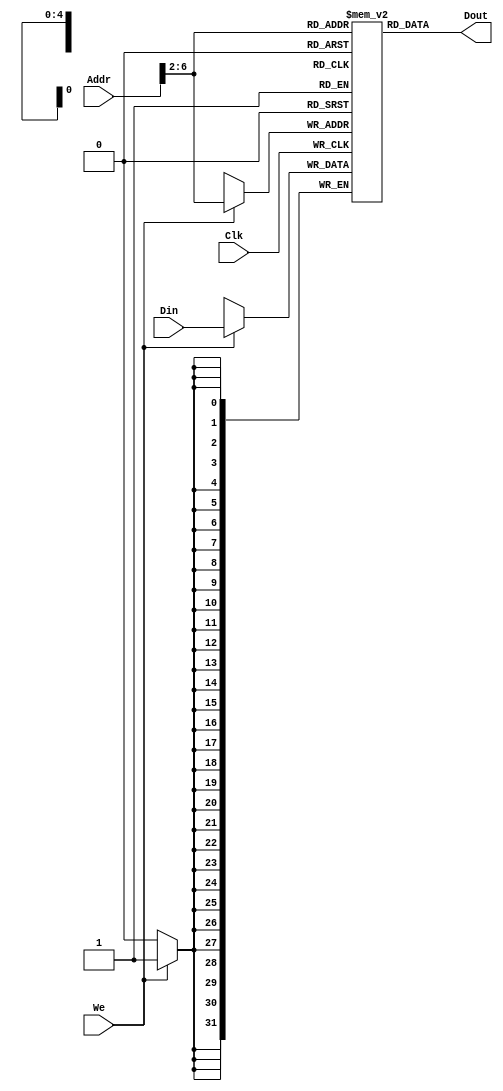
`timescale 1ns / 1ps
//////////////////////////////////////////////////////////////////////////////////
// Company: 
// Engineer: 
// 
// Design Name: 
// Module Name: DATAMEM
// Project Name: 
// Target Devices: 
// Tool Versions: 
// Description: 
// 
// Dependencies: 
// 
// Revision:
// Revision 0.01 - File Created
// Additional Comments:
// 
//////////////////////////////////////////////////////////////////////////////////


module DATAMEM(Addr,Din,Clk,We,Dout);
    input [31:0]Addr,Din;
    input Clk,We;
    output [31:0]Dout;
    reg [31:0]Ram [0:31];
    //
    assign Dout = Ram[Addr[6:2]];
    always @(posedge Clk)
    begin
        if(We)Ram[Addr[6:2]] <= Din;
    end
    //0
    integer i;
    initial begin
        for(i = 0;i < 32; i = i + 1)
            Ram[i] = 0;
        end
endmodule